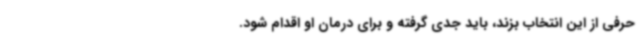
حرفی از این انتخاب بزند، باید جدی گرفته و برای درمان او اقدام شود.